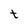
Character: t